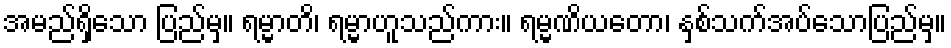
အမည်ရှိသော ပြည်မှ။ ရမ္မာတိ၊ ရမ္မာဟူသည်ကား။ ရမ္မဏိယတော၊ နှစ်သက်အပ်သောပြည်မှ။